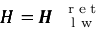
\pmb { { \cal H } } = { \pmb { { \cal H } } } _ { \mathrm { ~ \textsc ~ { ~ l ~ w ~ } ~ } } ^ { \mathrm { ~ \tiny ~ { ~ r ~ e ~ t ~ } ~ } }